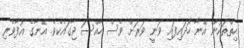
ހިތްތަކުން އޭނާ ހޯދައިފައި ވަނީ ވަރަށް ވެސް ހާއްސަ ޖާގައެކެވެ. އޭނާގެ އުފާވެރި